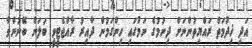
އަދި ޚިދުމަތް ރައްޔިތުންނަށް ދިނުމުގެ ނަމުގައި ހިންގަމުން ދާއިރު ރާއްޖެޓީވީ ބަލަން ބޭނުންވާ